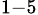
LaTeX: _{1-5}